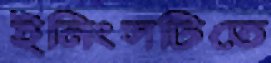
ইনিংসটিতে